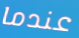
عندما